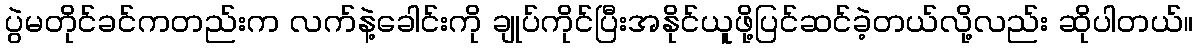
ပွဲမတိုင်ခင်ကတည်းက လက်နဲ့ခေါင်းကို ချုပ်ကိုင်ပြီးအနိုင်ယူဖို့ပြင်ဆင်ခဲ့တယ်လို့လည်း ဆိုပါတယ်။